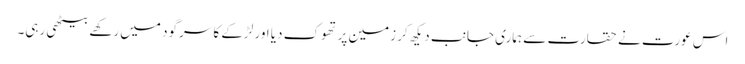
اس عورت نے حقارت سے ہماری جانب دیکھ کر زمین پر تھوک دیا اور لڑکے کا سرگود میں رکھے بیٹھی رہی۔